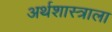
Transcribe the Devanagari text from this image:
अर्थशास्त्राला